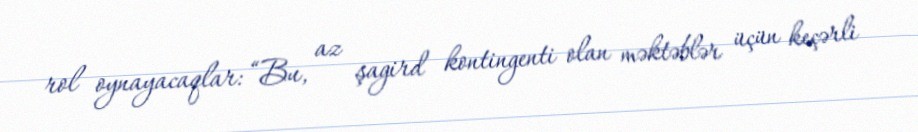
rol oynayacaqlar: “Bu, az şagird kontingenti olan məktəblər üçün keçərli